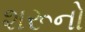
શરૂનો